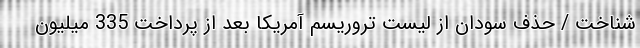
شناخت / حذف سودان از لیست تروریسم آمریکا بعد از پرداخت 335 میلیون